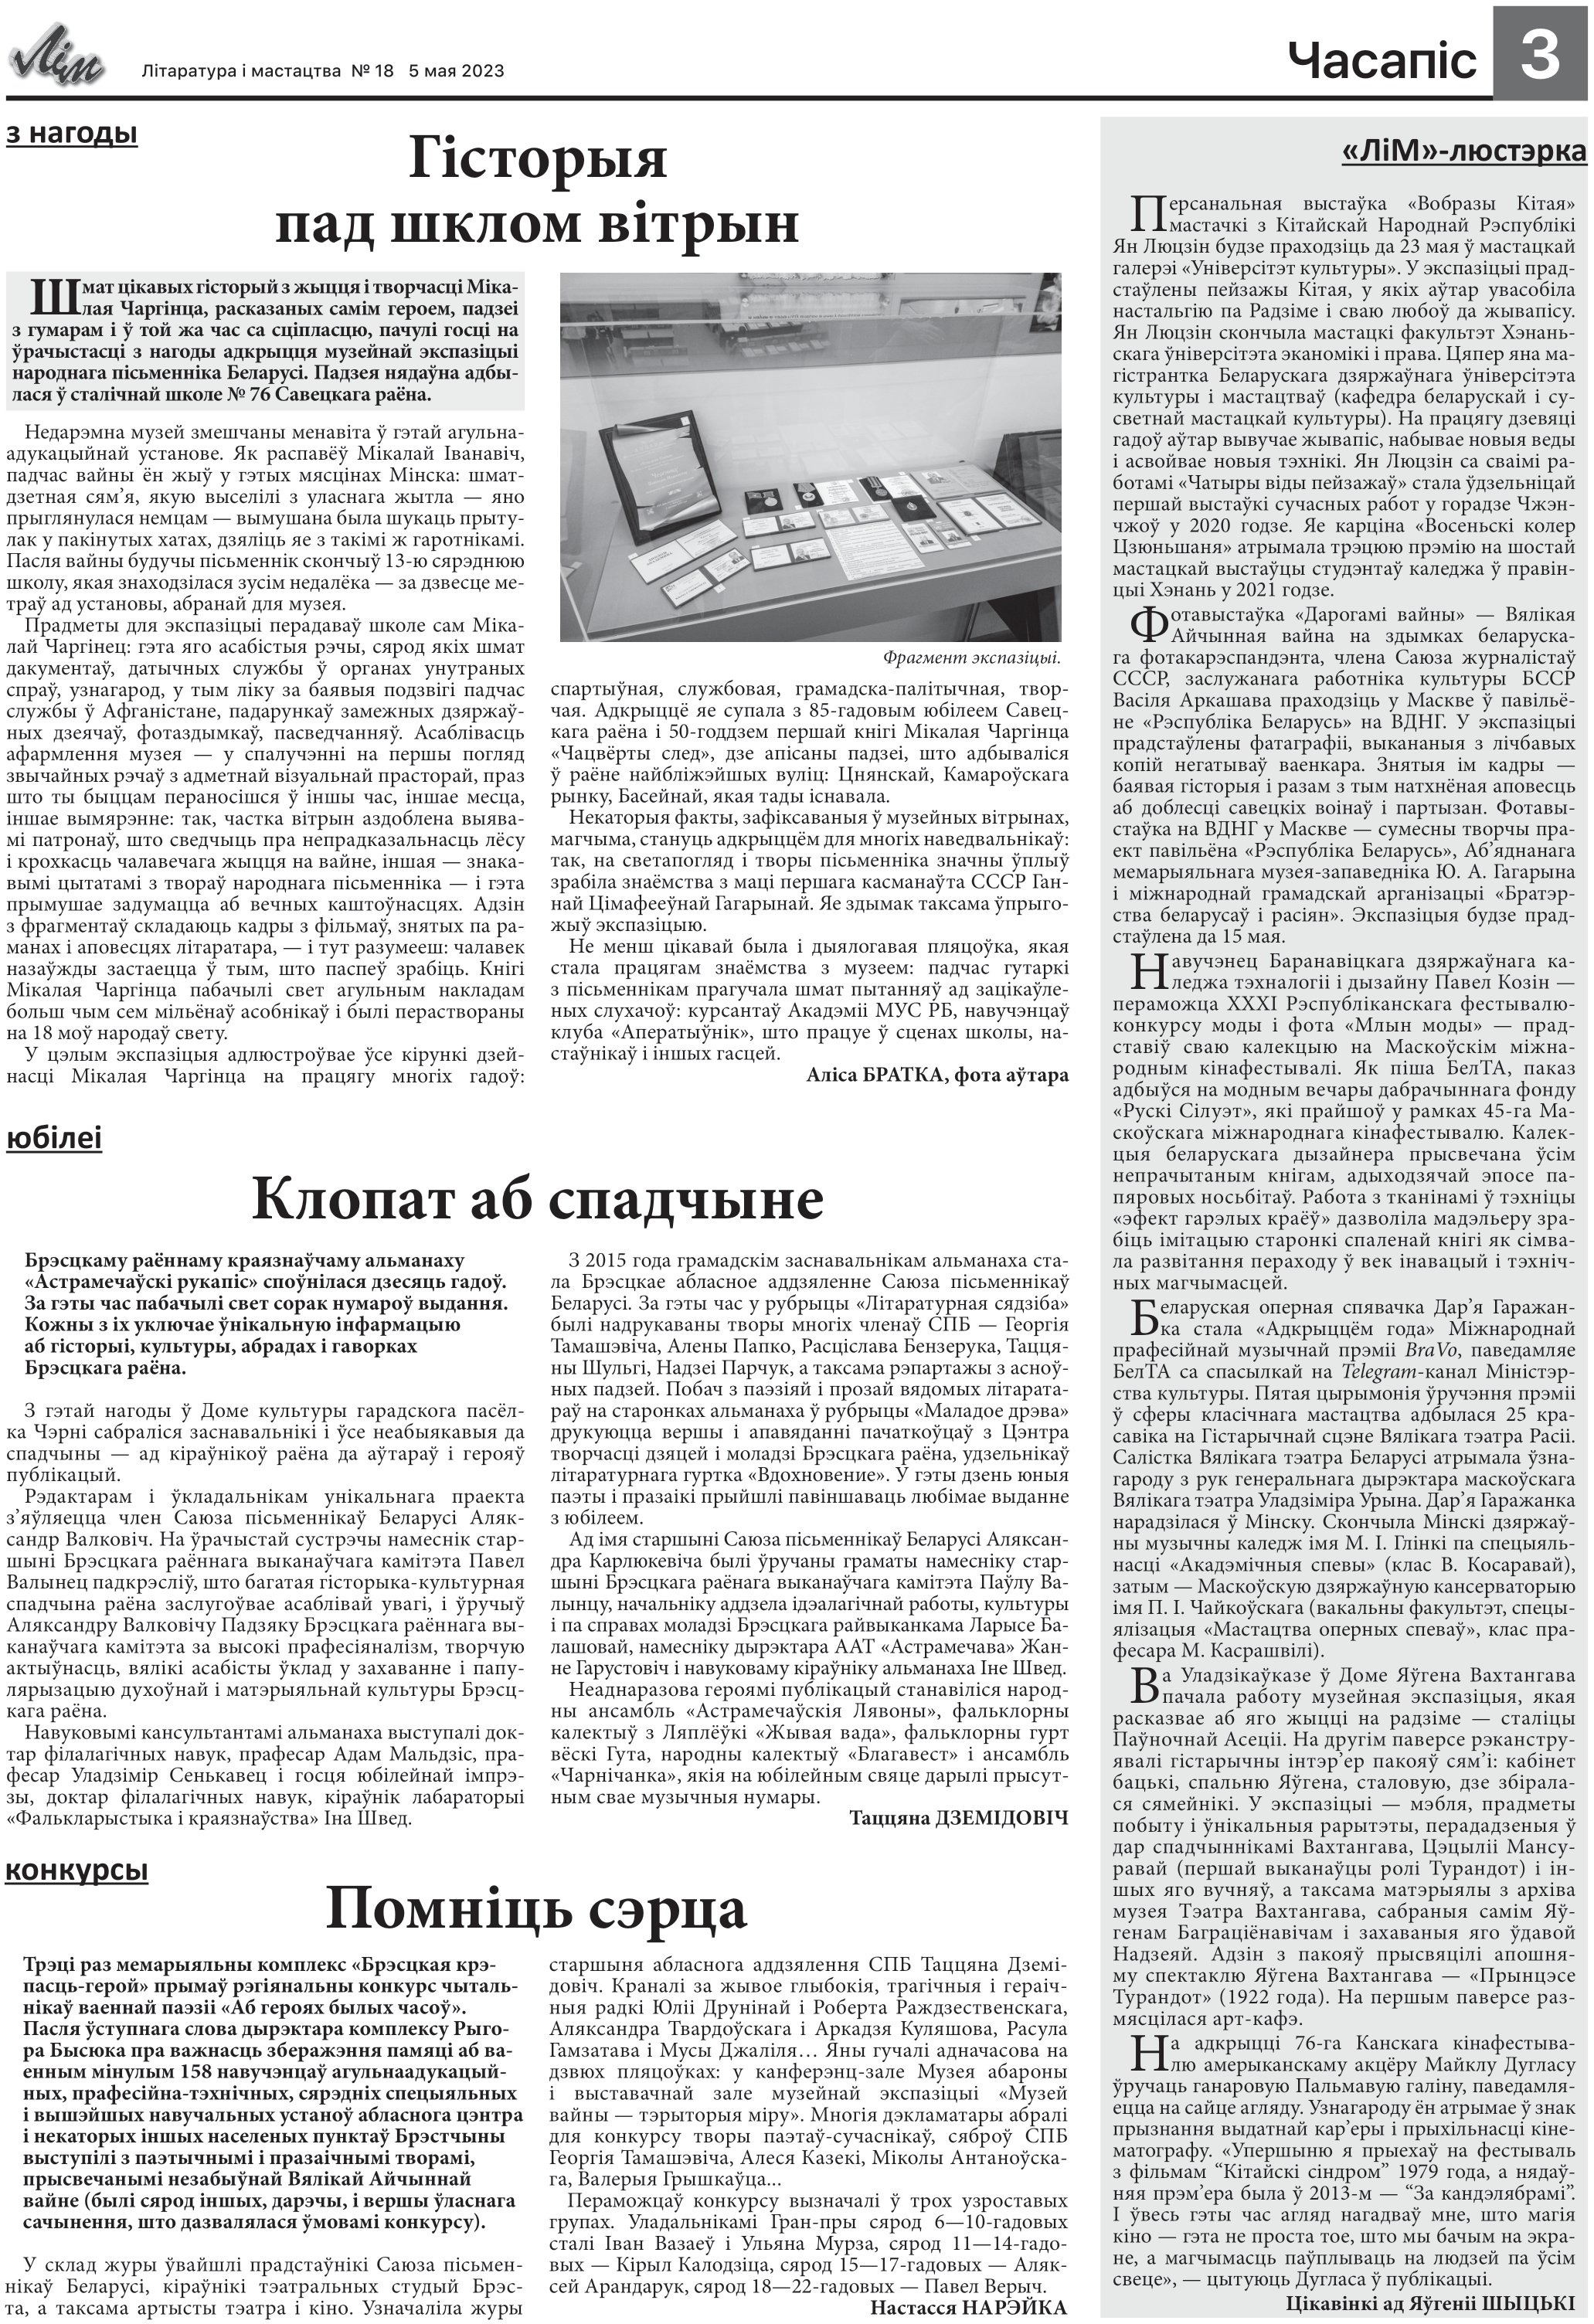
Language: be